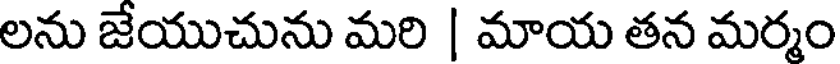
లను జేయుచును మరి | మాయ తన మర్మం